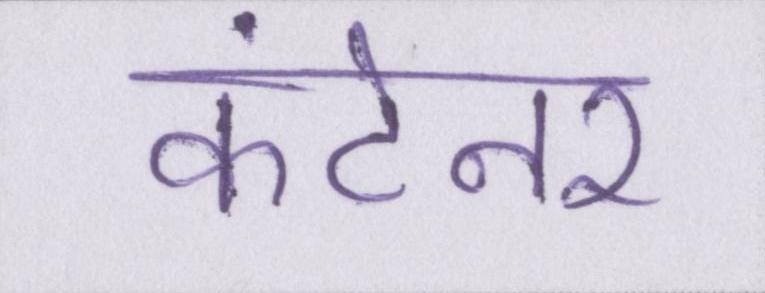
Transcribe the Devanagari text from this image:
कंटेनर